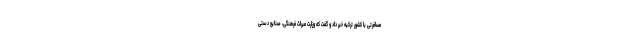
مسافرتی با کشور ترکیه خبر داد و گفت که وزارت میراث فرهنگی، صنایع دستی